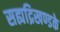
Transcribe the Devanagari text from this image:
सह्यद्रिखण्डके